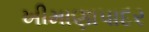
ખીમાણાપાદર